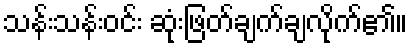
သန်းသန်းဝင်း ဆုံးဖြတ်ချက်ချလိုက်၏။